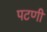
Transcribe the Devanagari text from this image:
पटणी